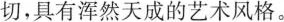
切，具有浑然天成的艺术风格。